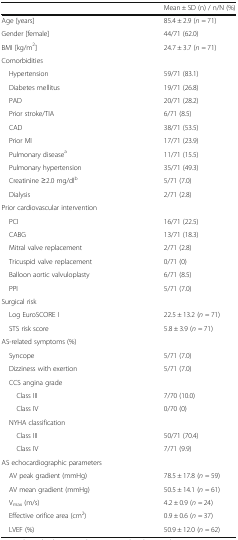
<table><thead><tr><td></td><td><b>Mean ± SD (n) / n/N (%)</b></td></tr></thead><tbody><tr><td>Age [years]</td><td>85.4 ± 2.9 (<i>n</i> = 71)</td></tr><tr><td>Gender [female]</td><td>44/71 (62.0)</td></tr><tr><td>BMI [kg/m<sup>2</sup>]</td><td>24.7 ± 3.7 (<i>n</i> = 71)</td></tr><tr><td colspan="2">Comorbidities</td></tr><tr><td> Hypertension</td><td>59/71 (83.1)</td></tr><tr><td> Diabetes mellitus</td><td>19/71 (26.8)</td></tr><tr><td> PAD</td><td>20/71 (28.2)</td></tr><tr><td> Prior stroke/TIA</td><td>6/71 (8.5)</td></tr><tr><td> CAD</td><td>38/71 (53.5)</td></tr><tr><td> Prior MI</td><td>17/71 (23.9)</td></tr><tr><td> Pulmonary disease<sup>a</sup></td><td>11/71 (15.5)</td></tr><tr><td> Pulmonary hypertension</td><td>35/71 (49.3)</td></tr><tr><td> Creatinine ≥2.0 mg/dl<sup>b</sup></td><td>5/71 (7.0)</td></tr><tr><td> Dialysis</td><td>2/71 (2.8)</td></tr><tr><td colspan="2">Prior cardiovascular intervention</td></tr><tr><td> PCI</td><td>16/71 (22.5)</td></tr><tr><td> CABG</td><td>13/71 (18.3)</td></tr><tr><td> Mitral valve replacement</td><td>2/71 (2.8)</td></tr><tr><td> Tricuspid valve replacement</td><td>0/71 (0)</td></tr><tr><td> Balloon aortic valvuloplasty</td><td>6/71 (8.5)</td></tr><tr><td> PPI</td><td>5/71 (7.0)</td></tr><tr><td colspan="2">Surgical risk</td></tr><tr><td> Log EuroSCORE I</td><td>22.5 ± 13.2 (<i>n</i> = 71)</td></tr><tr><td> STS risk score</td><td>5.8 ± 3.9 (<i>n</i> = 71)</td></tr><tr><td colspan="2">AS-related symptoms (%)</td></tr><tr><td> Syncope</td><td>5/71 (7.0)</td></tr><tr><td> Dizziness with exertion</td><td>5/71 (7.0)</td></tr><tr><td colspan="2"> CCS angina grade</td></tr><tr><td>Class III</td><td>7/70 (10.0)</td></tr><tr><td>Class IV</td><td>0/70 (0)</td></tr><tr><td colspan="2"> NYHA classification</td></tr><tr><td>Class III</td><td>50/71 (70.4)</td></tr><tr><td>Class IV</td><td>7/71 (9.9)</td></tr><tr><td colspan="2">AS echocardiographic parameters</td></tr><tr><td> AV peak gradient (mmHg)</td><td>78.5 ± 17.8 (<i>n</i> = 59)</td></tr><tr><td> AV mean gradient (mmHg)</td><td>50.5 ± 14.1 (<i>n</i> = 61)</td></tr><tr><td> V<sub>max</sub> (m/s)</td><td>4.2 ± 0.9 (<i>n</i> = 24)</td></tr><tr><td> Effective orifice area (cm<sup>2</sup>)</td><td>0.9 ± 0.6 (<i>n</i> = 37)</td></tr><tr><td> LVEF (%)</td><td>50.9 ± 12.0 (<i>n</i> = 62)</td></tr></tbody></table>